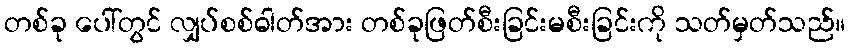
တစ်ခု ပေါ်တွင် လျှပ်စစ်ဓါတ်အား တစ်ခုဖြတ်စီးခြင်းမစီးခြင်းကို သတ်မှတ်သည်။